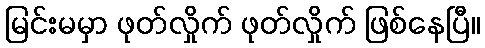
မြင်းမမှာ ဖုတ်လှိုက် ဖုတ်လှိုက် ဖြစ်နေပြီ။